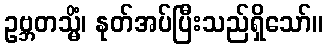
ဥဗ္ဘတသ္မိံ၊ နုတ်အပ်ပြီးသည်ရှိသော်။